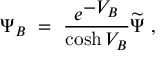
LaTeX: \Psi _ { B } \ = \ \frac { e ^ { \displaystyle - V _ { B } } } { \cosh V _ { B } } \widetilde \Psi \ ,